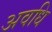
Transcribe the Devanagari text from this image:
अवधि